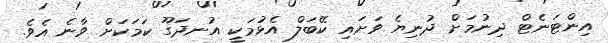
އިންޓަނެޓް ދިނުމަށް ދުނިޔެ ވަށައި ކޭބަލް އެޅުމަކީ އުނދަގޫ ކަމަކަށް ވާނެ އެވެ.